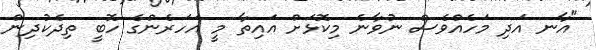
"އާނ އަދި މަހެއްވެސް ނުވާނެ މިކޮޅަށް އައިތާ މީ އަހަރެންގެ ހޮބީ ތިދެކުދިން